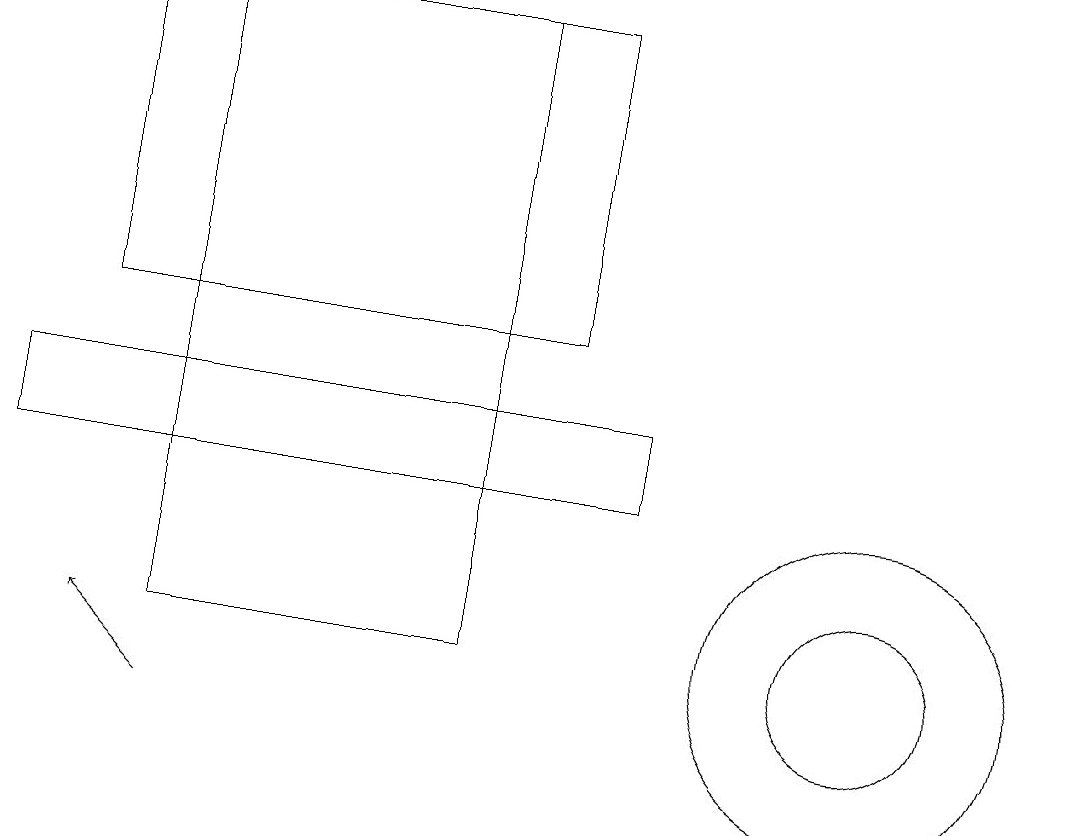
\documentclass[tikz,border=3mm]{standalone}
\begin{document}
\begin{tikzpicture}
\draw (11,11) circle (0);
\draw (0,13) rectangle (8,14);
\draw (11,11) circle (1);
\draw (1,15) rectangle (7,19);
\draw[->] (2,10) -- (1,11);
\draw (2,19) rectangle (6,11);
\draw (11,11) circle (2);
\draw (8,14) rectangle (1,14);
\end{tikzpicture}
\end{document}